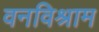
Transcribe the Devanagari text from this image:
वनविश्राम